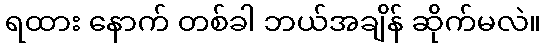
ရထား နောက် တစ်ခါ ဘယ်အချိန် ဆိုက်မလဲ။